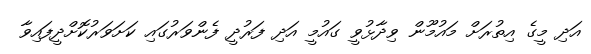
އަދި މީގެ އިތުރަށް މައުމޫން ވިދާޅުވީ ގައުމީ އަދި ފަރުދީ ފެންވަރުގައި ކަށަވަރުކޮށްދީފައިވާ